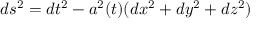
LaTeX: d s ^ { 2 } = d t ^ { 2 } - a ^ { 2 } ( t ) ( d x ^ { 2 } + d y ^ { 2 } + d z ^ { 2 } )